Mental hospitals Bombay report 1921-28 - 1921-1928
Year: 1921
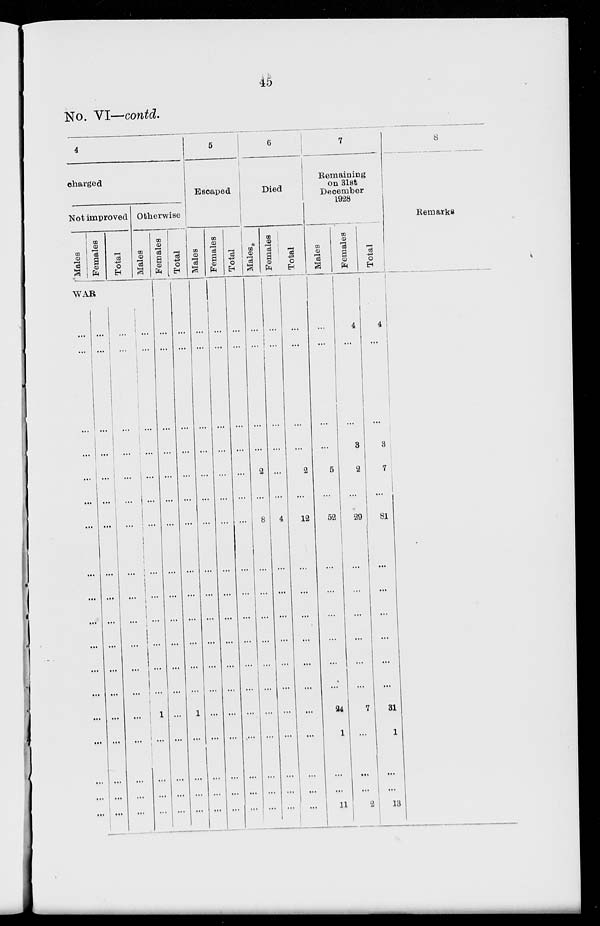
45
No. VI—contd.
4
charged
Not improved
Males
Females
Total
WAR
...
...
...
...
...
...
...
...
...
...
...
...
...
...
...
...
...
...
...
...
...
...
...
...
...
...
...
...
...
...
...
...
...
...
...
...
...
...
...
...
...
...
...
...
...
...
...
...
...
...
...
...
...
...
Otherwise
Males
...
...
...
...
...
...
...
...
...
...
...
...
...
1
...
...
...
...
Females
...
...
...
...
...
...
...
...
...
...
...
...
...
...
...
...
...
...
Total
...
...
...
...
...
...
...
...
...
...
...
...
...
1
...
...
...
...
5
Escaped
Males
...
...
...
...
...
...
...
...
...
...
...
...
...
...
...
...
...
...
Females
...
...
...
...
...
...
...
...
...
...
...
...
...
...
...
...
...
...
Total
...
...
...
...
...
...
...
...
...
...
...
...
...
...
...
...
...
...
6
Died
Males.
...
...
...
...
2
...
8
...
...
...
...
...
...
...
...
...
...
...
Females
...
...
...
...
...
...
4
...
...
...
...
...
...
...
...
...
...
...
Total
...
...
...
...
2
...
12
...
...
...
...
...
...
...
...
...
...
...
7
Remaining
on 31st
December
1928
Males
...
...
...
...
5
...
52
...
...
...
...
...
...
24
1
...
...
11
Females
4
...
...
3
2
...
29
...
...
...
...
...
...
7
...
...
...
2
Total
4
...
...
3
7
...
81
...
...
...
...
...
...
31
1
...
...
13
8
Remarks